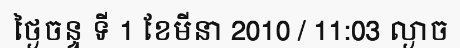
ថ្ងៃចន្ទ ទី 1 ខែមីនា 2010 / 11:03 ល្ងាច